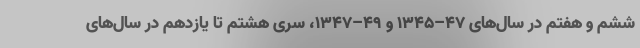
ششم و هفتم در سال‌های ۴۷–۱۳۴۵ و ۴۹–۱۳۴۷، سری هشتم تا یازدهم در سال‌های